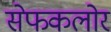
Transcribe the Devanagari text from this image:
सेफकलोर